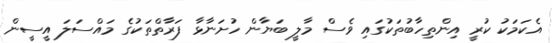
އެކަމަކު ކުރީ އިންތިހާބުތަކުގައި ވެސް މާލީ ބަޔާން ހުށަނާޅާ ފަރާތްތަކުގެ މައްސަލަ އީސީން